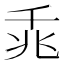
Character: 𪜍